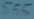
Text: 555